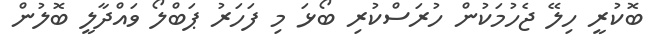
ބޮކުރީ ހިލޭ ޖެހުމަކުން ހުރަސްކުރި ބޯޅަ މި ފަހަރު ޕަބްލޯ ވައްދާލީ ބޮލުން